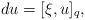
LaTeX: \begin{align*} du=[\xi, u]_{q},\end{align*}